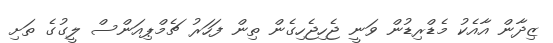
ޒިދާން އާއެކު މެޑްރިޑުން ވަނީ ޖެހިޖެހިގެން ތިން ފަހަރު ޗެމްޕިއަންސް ލީގުގެ ތަށި